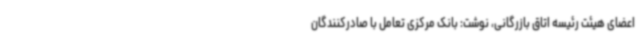
اعضای هیئت رئیسه اتاق بازرگانی، نوشت: بانک مرکزی تعامل با صادرکنندگان